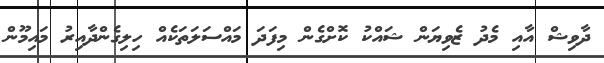
ދާވިޝް އާއި މެދު ޒެވިޔަން ޝައްކު ކޮށްގެން މިފަދަ މައްސަލަތަކެއް ހިލިގެންދާއިރު މައިމޫން